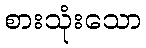
စားသုံးသော